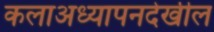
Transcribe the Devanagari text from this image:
कलाअध्यापनदेखील